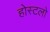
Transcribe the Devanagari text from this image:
होस्टलो